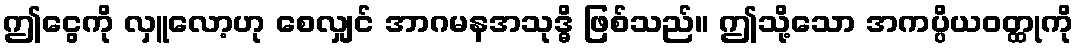
ဤငွေကို လှူလော့ဟု စေလျှင် အာဂမနအသုဒ္ဓိ ဖြစ်သည်။ ဤသို့သော အကပ္ပိယဝတ္ထုကို